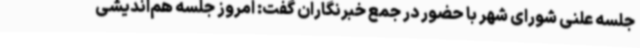
جلسه علنی شورای شهر با حضور در جمع خبرنگاران گفت: امروز جلسه هم‌اندیشی